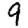
Digit: 9